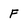
Character: F